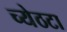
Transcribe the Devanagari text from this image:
च्येठटा